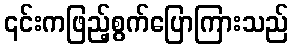
၎င်းကဖြည့်စွက်ပြောကြားသည်